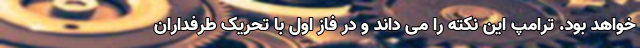
خواهد بود. ترامپ این نکته را می داند و در فاز اول با تحریک طرفداران